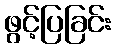
ဖွင့်ပြခြင်း